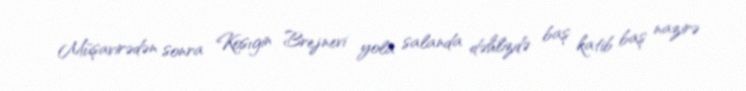
Müşavirədən sonra Kosıgin Brejnevi yola salanda dəhlizdə baş katib baş nazirə